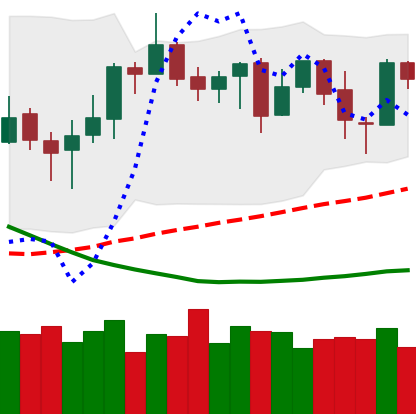
Ticker: NEO-USD
Chart end date: 2019-03-28
Forward return: 24.046%
Label: up_7plus